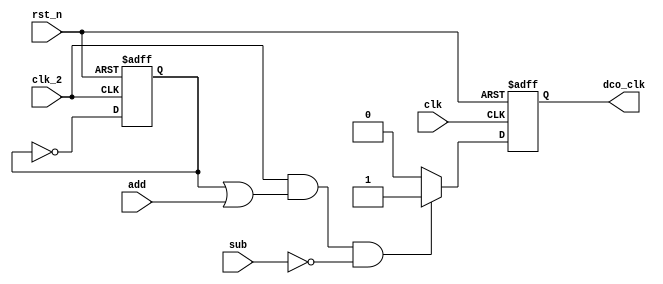
module dco( //digital control oscillator  
    clk_2  ,
    clk    ,
    rst_n  ,
    add    ,
    sub    ,
    dco_clk
    );
    
    input               clk_2  ;
    input               clk    ;
    input               rst_n  ;
    input               add    ;
    input               sub    ;
    
    output reg          dco_clk;
    
    reg                 div_4  ;   

    always  @(posedge clk_2 or negedge rst_n)begin    
        if(rst_n==1'b0)begin
            div_4 <= 1'b0;
        end
        else begin
            div_4<= ~div_4;
        end
    end

    always  @(posedge clk or negedge rst_n)begin    
        if(rst_n==1'b0)begin
            dco_clk= 1'b0;
        end
        else if((clk_2==1&&(div_4==1||add==1))&&sub!=1) begin   
            dco_clk= 1'b1;
        end
        else begin
            dco_clk= 1'b0;
        end
    end
    
endmodule